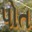
પોત